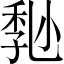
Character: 𡮒